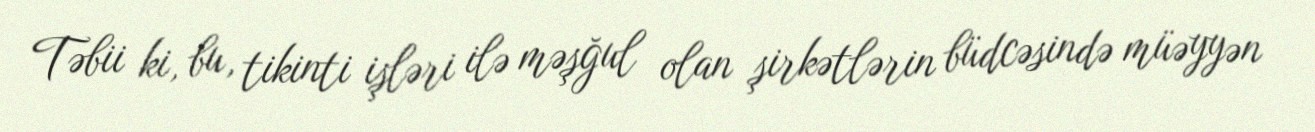
Təbii ki, bu, tikinti işləri ilə məşğul olan şirkətlərin büdcəsində müəyyən